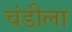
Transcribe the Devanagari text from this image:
चंडीला